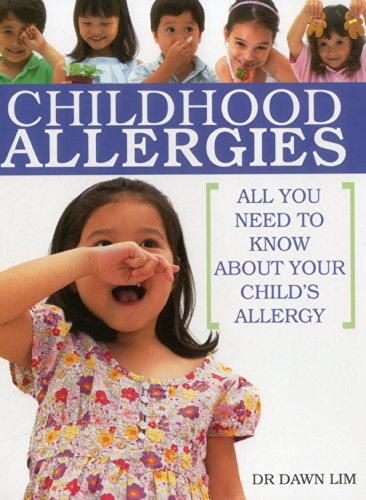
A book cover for Childhood Allergies: All You Need to Know About Your Child's Allergy; Dr. Dawn Lim; Health, Fitness & Dieting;